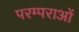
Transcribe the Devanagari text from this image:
परम्‍पराओं